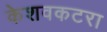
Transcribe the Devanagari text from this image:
केशवकटरा